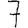
Digit: 7